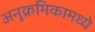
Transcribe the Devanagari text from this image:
अनुक्रमिकामध्ये